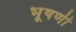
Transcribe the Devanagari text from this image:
भूषणी